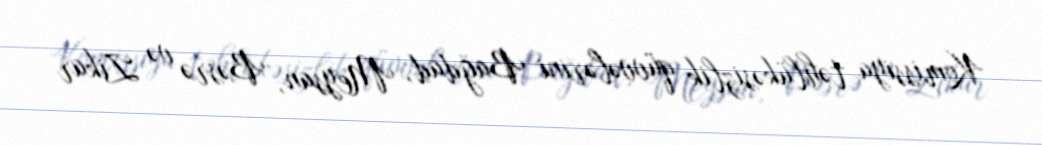
Komissiya təhlükəsizlik qüvvələrini Bağdad, Meysan, Bəsrə və Zikar